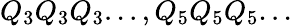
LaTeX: Q_{3}Q_{3}Q_{3}...,Q_{5}Q_{5}Q_{5}...